Leningradi_Edasi_toimetus, lk 106
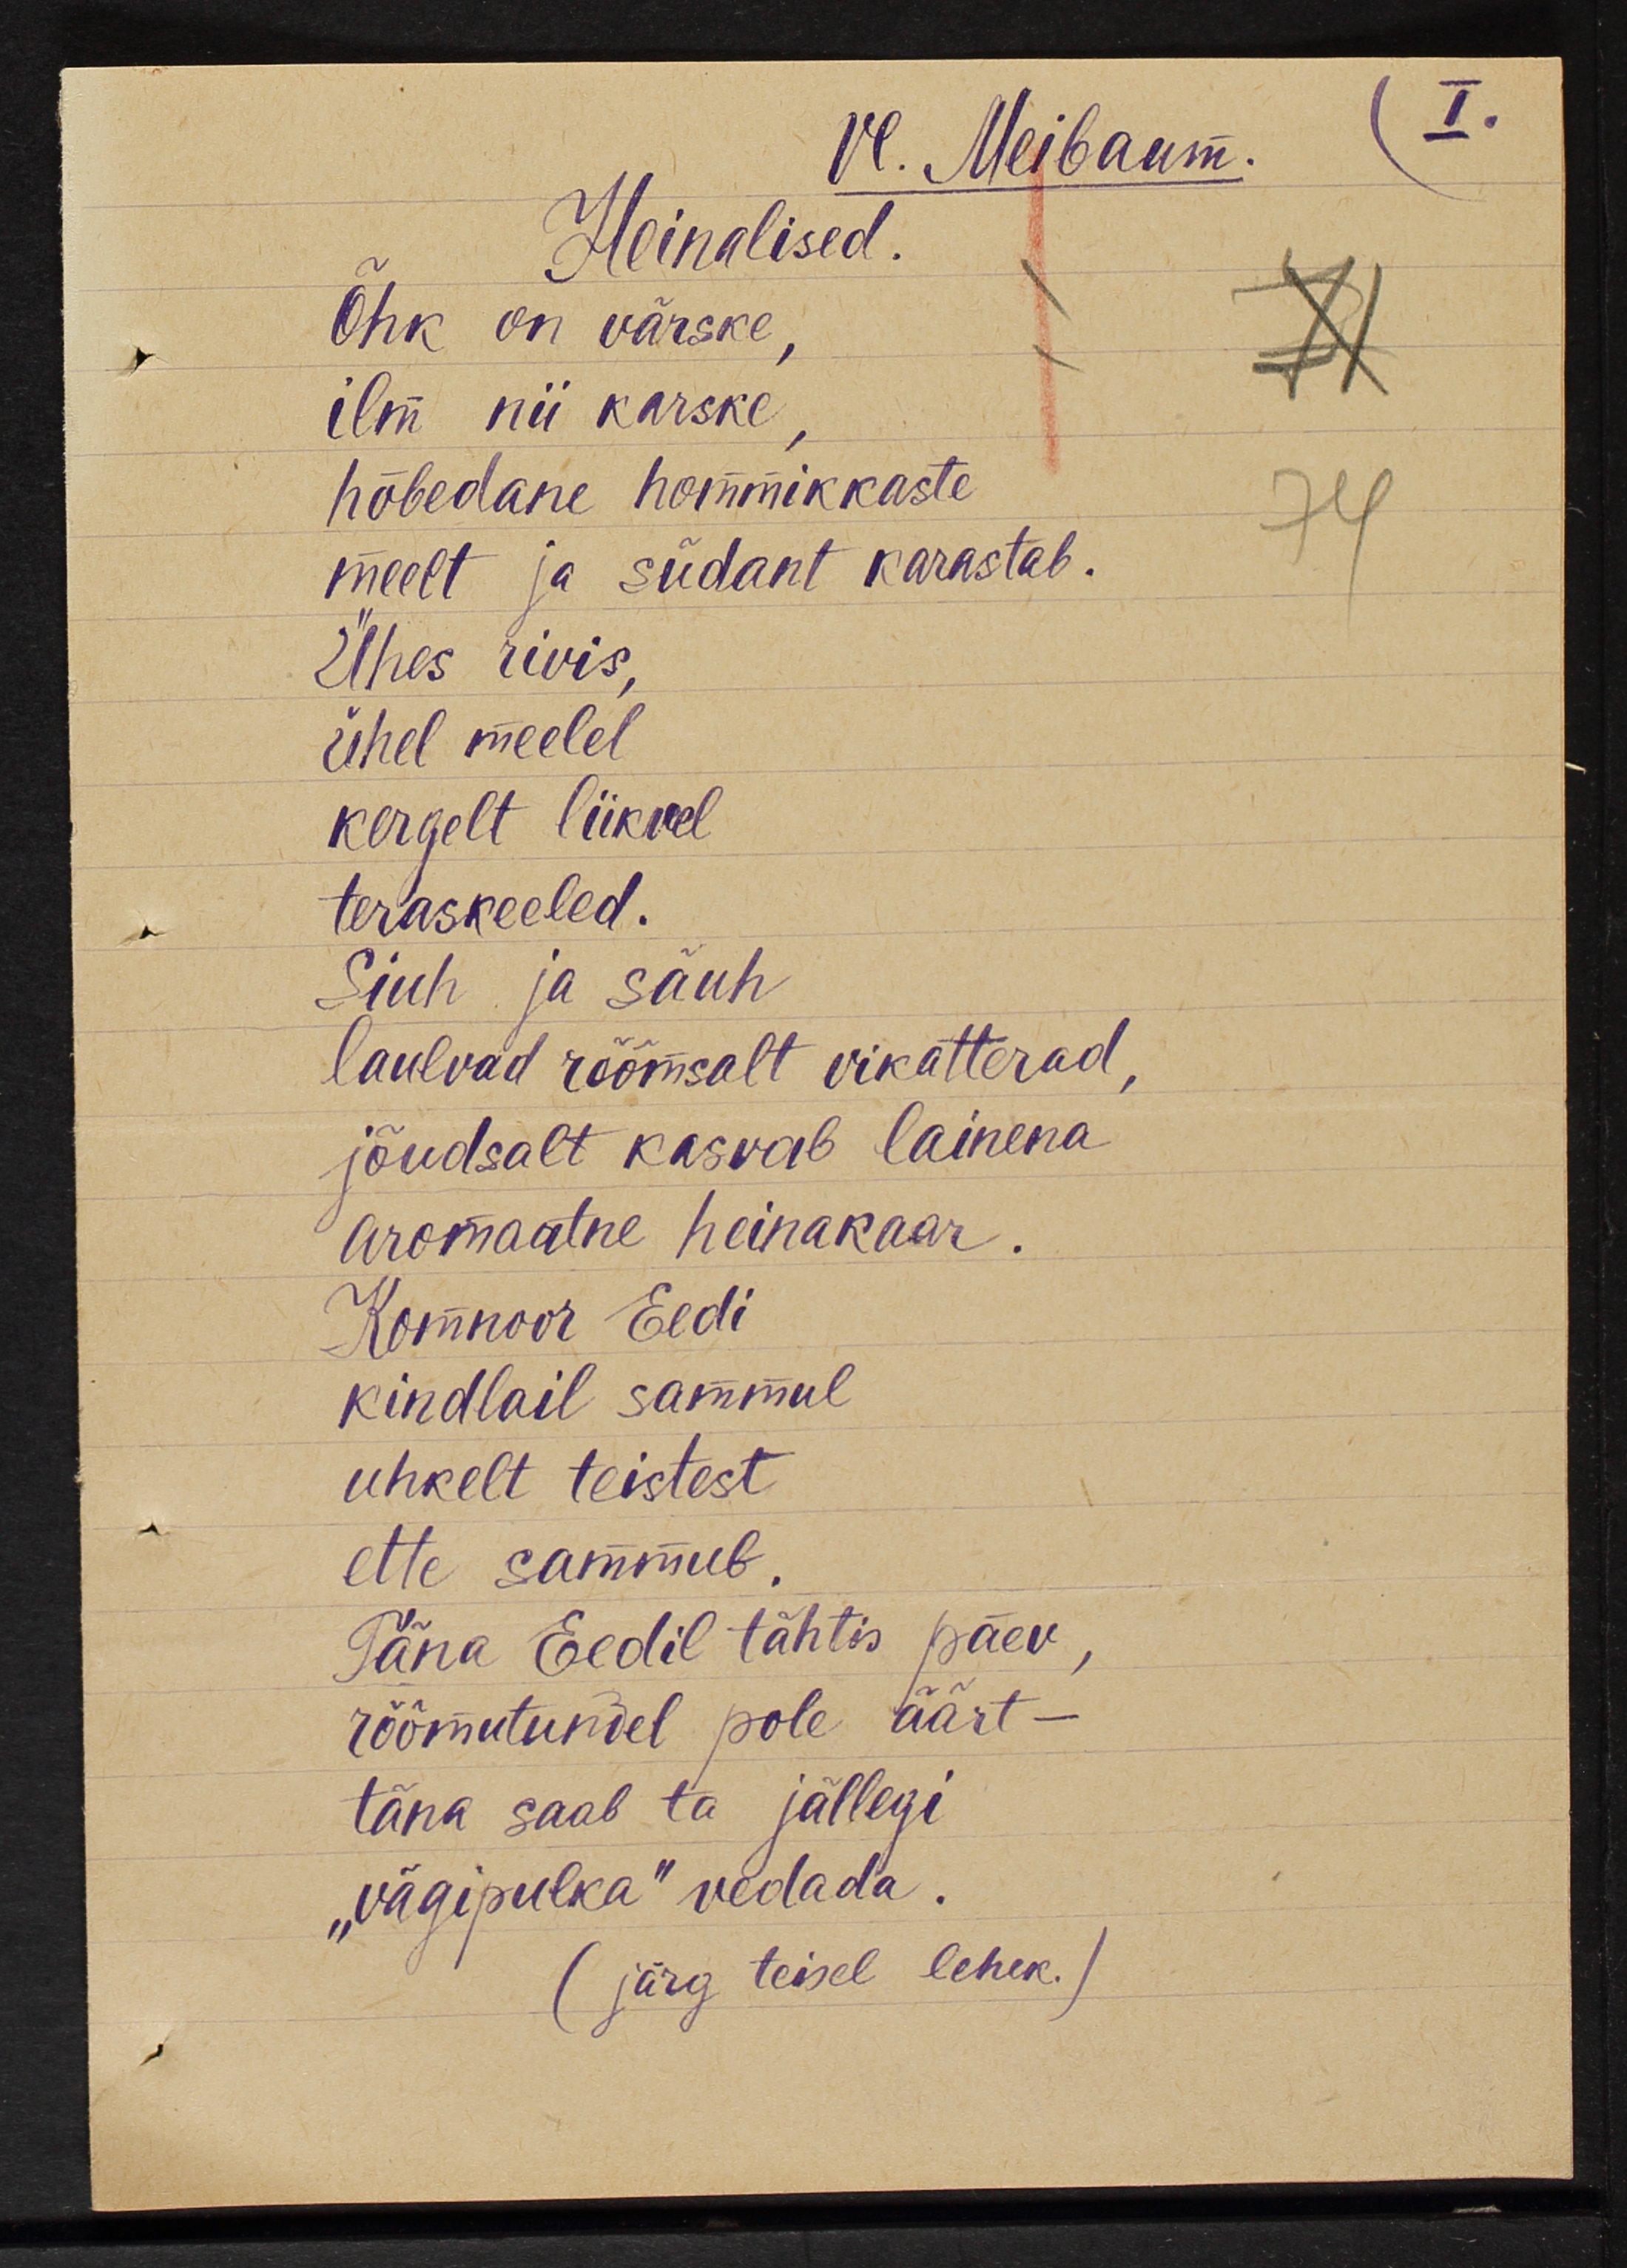
Vl.Meibaum.
Heinalised.
Õhk on värske, 
ilm nii karske,
hõbedane hommikkaste
meelt ja südant karastab.
Ühes rivis,
ühel meelel
kergelt liikvel
teraskeeled.
Siuh ja säuh
laulvad rõõmsalt vikatterad,
jõudsalt kasvab lainena
aromaatne heinakaar.
Komnoor Eedi
kindlail sammul
uhkelt teistest
ette sammub.
Täna Eedil tähtis päev, 
rõõmutundel pole äärt -
täna saab ta jällegi
"vägipulka" vedada.
(järg teisel lehek.)